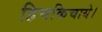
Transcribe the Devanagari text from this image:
हिचकिचाये।